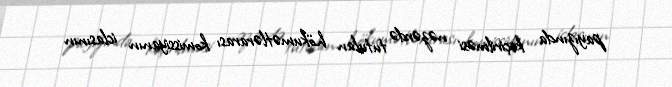
payızında keçirilməsi nəzərdə tutulan hökumətlərarası komissiyanın iclasının